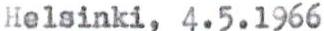
Helsinki, 4.5.1966